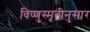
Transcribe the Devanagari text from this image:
विष्णुस्मृतीनुसार